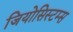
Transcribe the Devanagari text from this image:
जियोसिस्टम्स